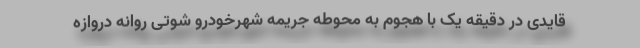
قایدی در دقیقه یک با هجوم به محوطه جریمه شهرخودرو شوتی روانه دروازه